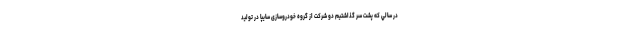
در سالي كه پشت سر گذاشتيم دو شرکت از گروه خودروسازی سايپا در توليد